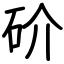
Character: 砎